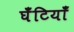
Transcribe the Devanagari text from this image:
घँटियाँ